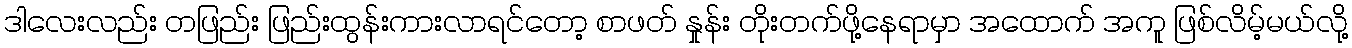
ဒါလေးလည်း တဖြည်း ဖြည်းထွန်းကားလာရင်တော့ စာဖတ် နှုန်း တိုးတက်ဖို့နေရာမှာ အထောက် အကူ ဖြစ်လိမ့်မယ်လို့